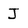
Character: J